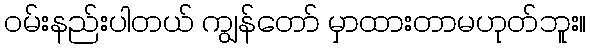
ဝမ်းနည်းပါတယ် ကျွန်တော် မှာထားတာမဟုတ်ဘူး။